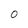
Character: 0